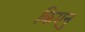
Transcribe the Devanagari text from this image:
किएनु